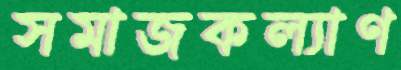
সমাজকল্যাণ